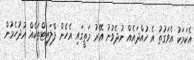
އެކަމަކު އެވަގުތު އެ ހުއްދައެއް ނުދެވުނު އޭރު މަތީގައި އެހެން ފްލައިޓްތަކެއް އުދުހެމުން